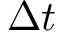
\Delta t